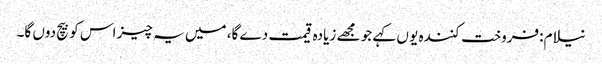
نیلام:فروخت کنندہ یو ں کہے جو مجھے زیادہ قیمت دے گا، میں یہ چیز اس کو بیچ دوں گا۔